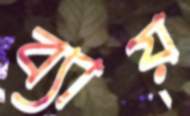
ব্যায়